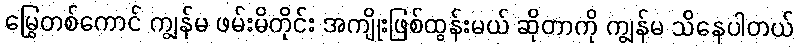
မြွေတစ်ကောင် ကျွန်မ ဖမ်းမိတိုင်း အကျိုးဖြစ်ထွန်းမယ် ဆိုတာကို ကျွန်မ သိနေပါတယ်